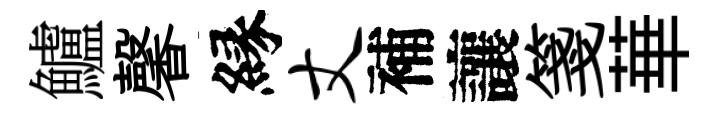
鱸馨縁丈補讓箋華